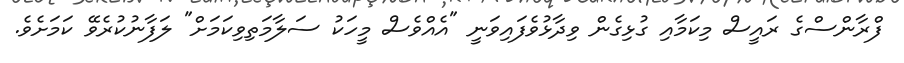
ފްރާންސްގެ ރައީސް މިކަމާއި ގުޅިގެން ވިދާޅުވެފައިވަނީ "އެއްވެސް މީހަކު ސަލާމަތިވިކަމަށް" ލަފާނުކުރެވޭ ކަަމަށެވެ.